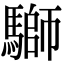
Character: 𩥐